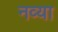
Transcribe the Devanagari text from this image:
नव्‍या